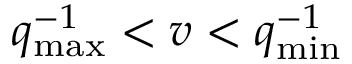
q _ { \mathrm { m a x } } ^ { - 1 } < v < q _ { \mathrm { m i n } } ^ { - 1 }